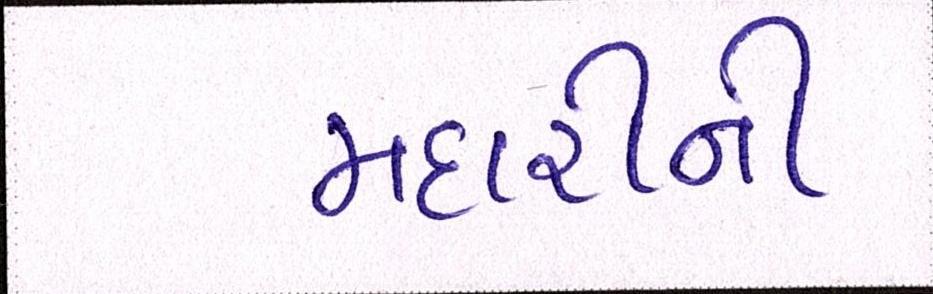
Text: મદારીની